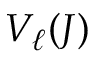
V _ { \ell } ( J )